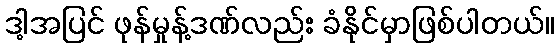
ဒါ့အပြင် ဖုန်မှုန့်ဒဏ်လည်း ခံနိုင်မှာဖြစ်ပါတယ်။